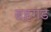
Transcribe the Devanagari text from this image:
ब्रहगंड